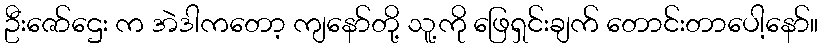
ဦးဇော်ဌေး က အဲဒါကတော့ ကျနော်တို့ သူ့ကို ဖြေရှင်းချက် တောင်းတာပေါ့နော်။